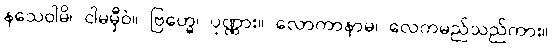
နသေဝါမိ၊ ငါမမှီဝဲ။ ဗြဟ္မေ၊ ပုဏ္ဏား။ လောကာနာမ၊ လေကမည်သည်ကား။